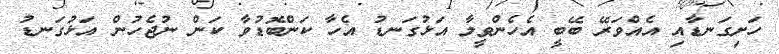
ހަށިގަނޑާއި އެއްވަރޭ ބޭބީ އެހެންވީމާ އަޅުގަނޑު އެހާ ކަންބޮޑުވާ ކަން ނުޖެހުން އަޅުގަނޑު